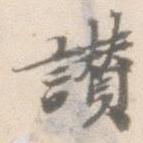
讃